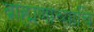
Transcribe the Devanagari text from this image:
ब्राह्मणाच्याचि